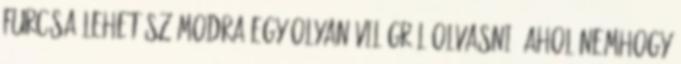
Furcsa lehet számodra egy olyan világról olvasni, ahol nemhogy